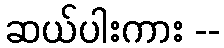
ဆယ်ပါးကား --